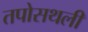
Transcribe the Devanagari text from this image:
तपोसथली